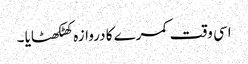
اسی وقت کمرے کا دروازہ کھٹکھٹایا ۔